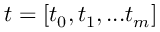
t = [ t _ { 0 } , t _ { 1 } , . . . t _ { m } ]